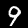
Label: 9